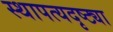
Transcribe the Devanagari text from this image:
स्थापत्यदृष्ट्या